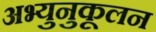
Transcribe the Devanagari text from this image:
अभ्युनुकूलन